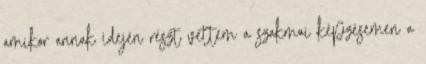
amikor annak idején részt vettem a szakmai képzésemen a